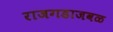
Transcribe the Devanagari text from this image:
राजगडाजवळ